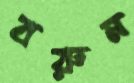
বরুন